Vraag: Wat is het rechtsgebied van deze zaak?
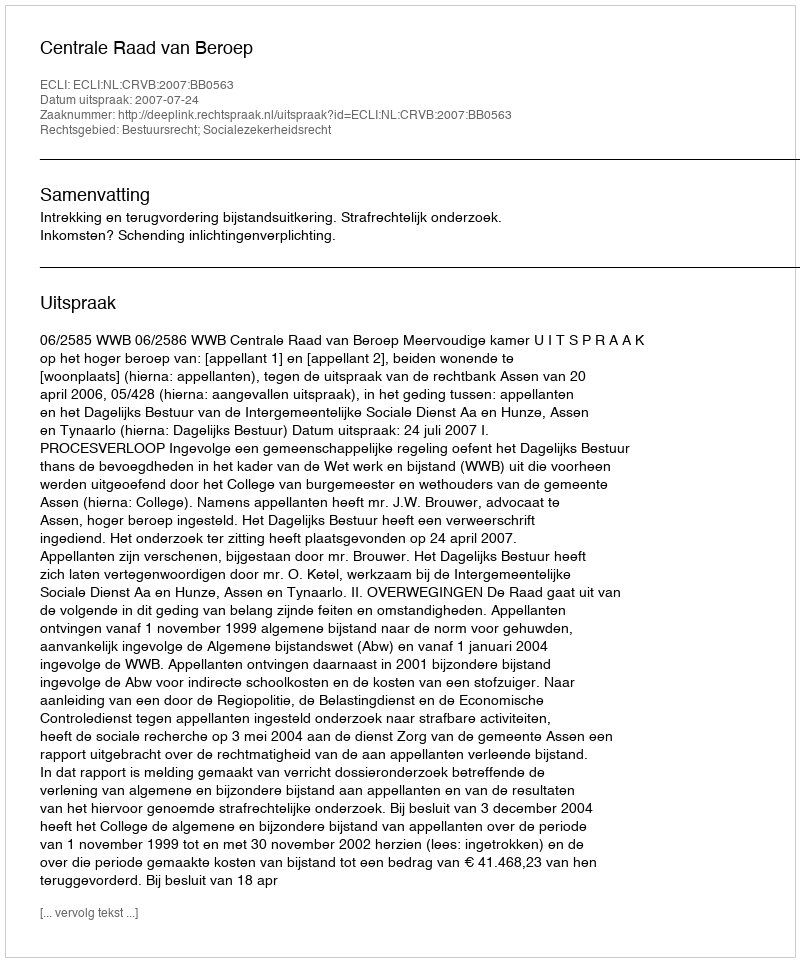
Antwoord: Bestuursrecht; Socialezekerheidsrecht